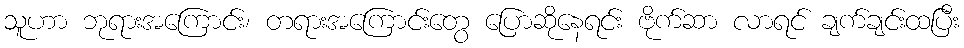
သူဟာ ဘုရားအကြောင်း၊ တရားအကြောင်းတွေ ပြောဆိုနေရင်း ဗိုက်ဆာ လာရင် ချက်ချင်းထပြီး